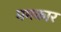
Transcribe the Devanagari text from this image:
ममकार